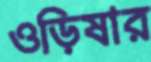
ওড়িষার